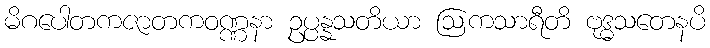
မိဂပေါတကဇာတကဝဏ္ဏနာ ဥပ္ပန္နသတိယာ ဩကသာရီတိ ဗုဒ္ဓသတေနပိ